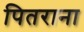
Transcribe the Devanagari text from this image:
पितराना